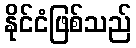
နိုင်ငံဖြစ်သည်